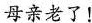
母亲老了!